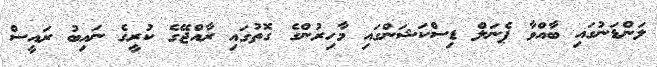
ލަންޑަނުގައި ބާއްވާ ޕެނަލް ޑިސްކަޝަންގައި މާހިރުންގެ ގޮތުގައި ރާއްޖޭގެ ކުރީގެ ނައިބު ރައީސް